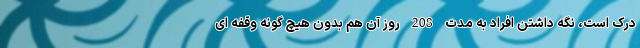
درک است، نگه داشتن افراد به مدت 208 روز آن هم بدون هیچ گونه وقفه ای